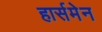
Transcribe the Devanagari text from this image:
हार्समेन